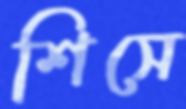
শিসে